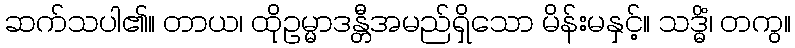
ဆက်သပါ၏။ တာယ၊ ထိုဥမ္မာဒန္တီအမည်ရှိသော မိန်းမနှင့်။ သဒ္ဓိံ၊ တကွ။